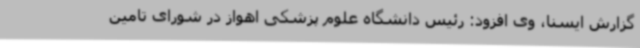
گزارش ایسنا، وی افزود: رئیس دانشگاه علوم پزشکی اهواز در شورای تامین